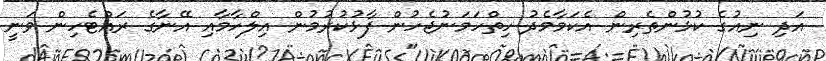
އަދި ނިއުގެ ކުޅުންތެރިން އެކަމާމެދު ހިތްހަމަނުޖެހުން ފާޅުކުރުމުން އިލްހާމާއި އޭނާގެ ރައްޓެހިން ވަނީ